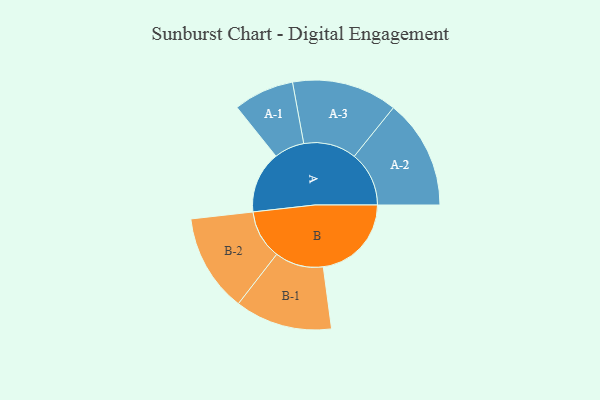
{"axis": {"x": "Segment", "y": "Value"}, "legend": ["", "A", "B"], "data": [{"x": "A", "y": 333, "type": ""}, {"x": "B", "y": 475, "type": ""}, {"x": "A-1", "y": 163, "type": "A"}, {"x": "A-2", "y": 295, "type": "A"}, {"x": "A-3", "y": 284, "type": "A"}, {"x": "B-1", "y": 262, "type": "B"}, {"x": "B-2", "y": 264, "type": "B"}]}